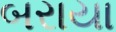
બરાયા